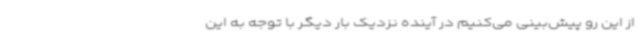
از این رو پیش‌بینی می‌کنیم در آینده نزدیک بار دیگر با توجه به این